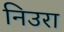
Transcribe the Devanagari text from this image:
निउरा